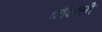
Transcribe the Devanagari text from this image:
कौशाली